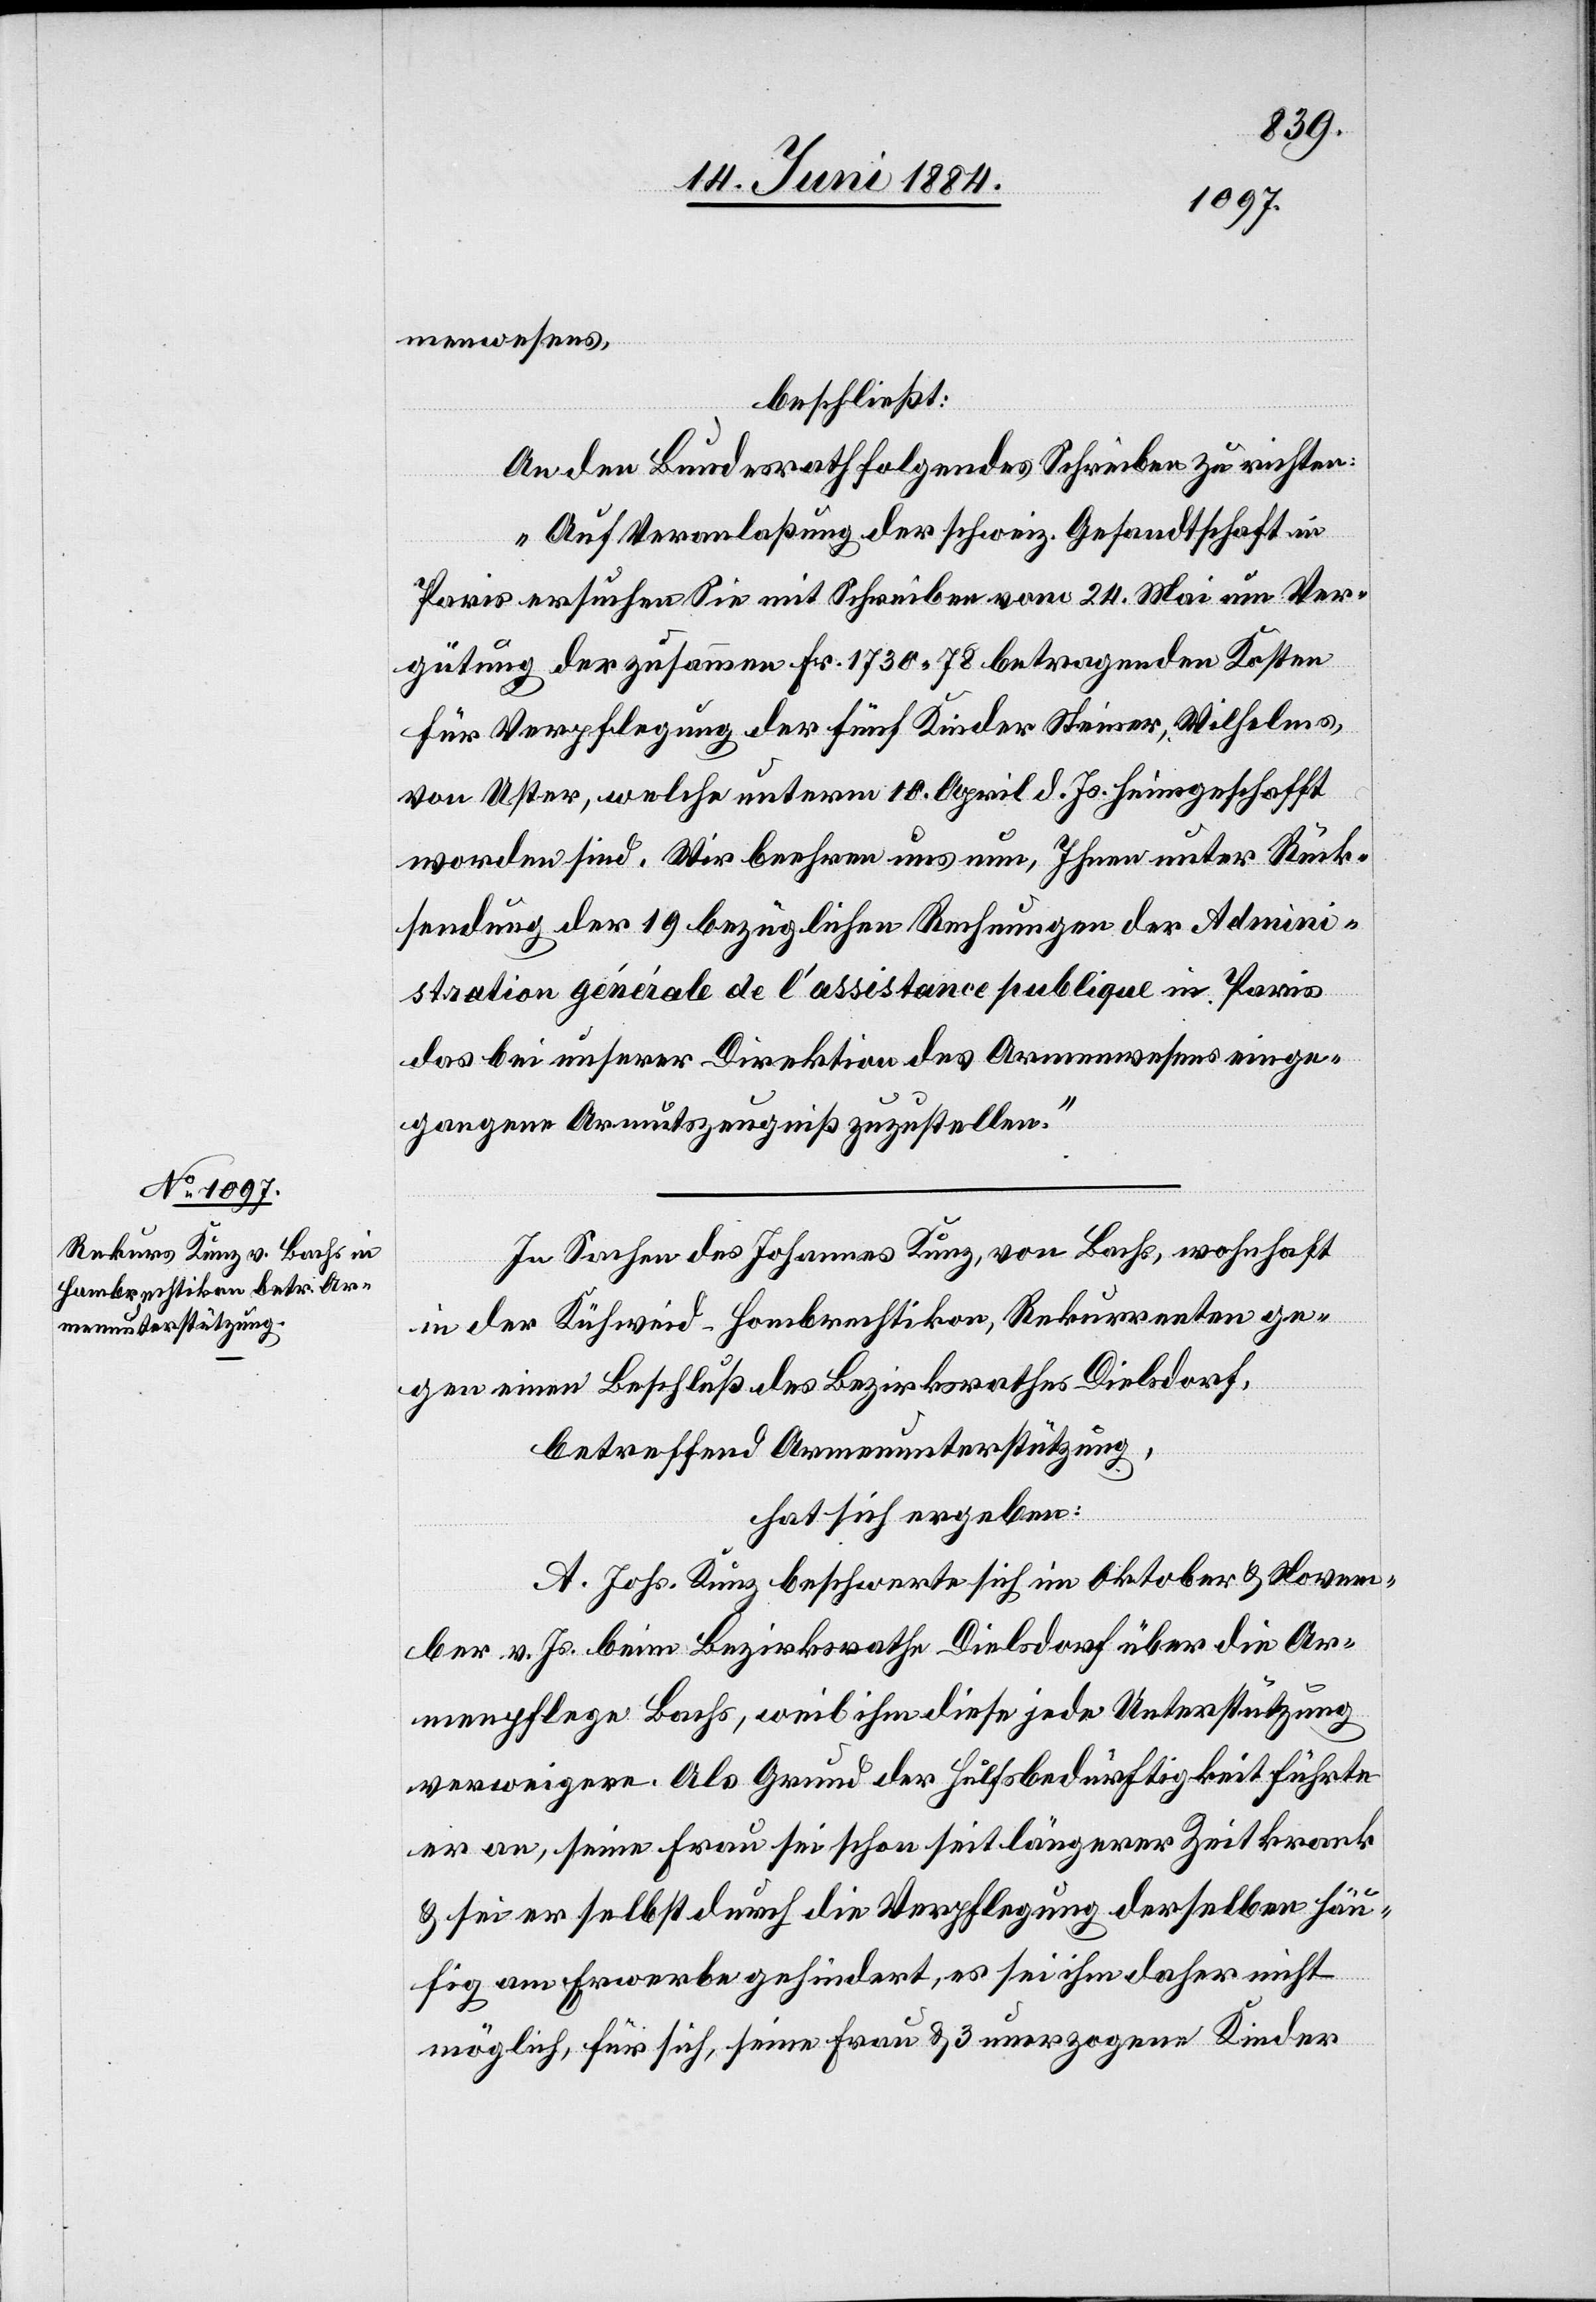
menwesens,
beschließt:
An den Bundesrath folgendes Schreiben zu richten:
„Auf Veranlaßung der schweiz. Gesandtschaft in
Paris ersuchen Sie mit Schreiben vom 24. Mai um Ver¬
gütung der zusammen Fr. 1730 78 betragenden Kosten
für Verpflegung der fünf Kinder Steiner, Wilhelms,
von Uster, welche unterm 10. April d. Js. heimgeschafft
worden sind. Wir beehren uns nun, Ihnen unter Rück¬
sendung der 19 bezüglichen Rechnungen der Admini¬
stration générale de l’assistance publique in Paris
das bei unserer Direktion des Armenwesens einge¬
gangene Armutszeugniß zuzustellen.“
In Sachen des Johannes Kunz, von Bachs, wohnhaft
in der Kühweid - Hombrechtikon, Rekurrenten ge¬
gen einen Beschluß des Bezirksrathes Dielsdorf,
betreffend Armenunterstützung,
hat sich ergeben:
A. Johs. Kunz beschwerte sich im Oktober & Novem¬
ber v. Js. beim Bezirksrath Dielsdorf über die Ar¬
menpflege Bachs, weil ihm diese jede Unterstützung
verweigern. Als Grund der Hülfsbedürftigkeit führte
er an, seine Frau sei schon seit längerer Zeit krank
& sei er selbst durch die Verpflegung derselben häu¬
fig am Erwerbe gehindert, es sei ihm daher nicht
möglich, für sich, seine Frau & 3 unerzogene Kinder